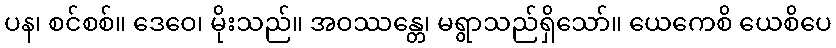
ပန၊ စင်စစ်။ ဒေဝေ၊ မိုးသည်။ အဝဿန္တေ၊ မရွာသည်ရှိသော်။ ယေကေစိ ယေစိပေ